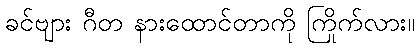
ခင်ဗျား ဂီတ နားထောင်တာကို ကြိုက်လား။